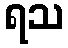
ရသ